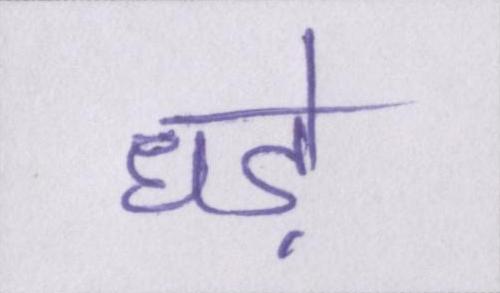
धड़े